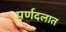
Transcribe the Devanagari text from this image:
पर्णदलात